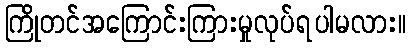
ကြိုတင်အကြောင်းကြားမှုလုပ်ရပါမလား။